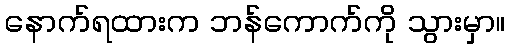
နောက်ရထားက ဘန်ကောက်ကို သွားမှာ။